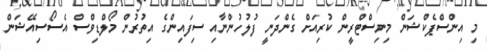
މި އިންސްޕެކްޝަން މިނިސްޓްރީން ކުރިއަށް ގެންދަނީ ފުލުހުންނާއި ސިފައިންގެ އިތުރުން މޯލްޑިވްސް އެސޯސިއޭޝަން